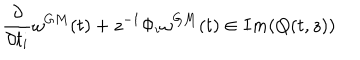
\frac { \partial } { \partial t _ { i } } \omega ^ { G M } ( t ) + z ^ { - 1 } \Phi _ { i } \omega ^ { G M } ( t ) \in I m ( Q ( t , z ) )